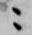
ニ